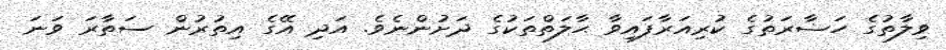
ވިލާތުގެ ހަޟާރަތުގެ ކުރިއަރާފައިވާ ޙާލަތްތަކުގެ ދަށުންނެވެ. އަދި އޭގެ އިތުރުން ސަތާރަ ވަނަ